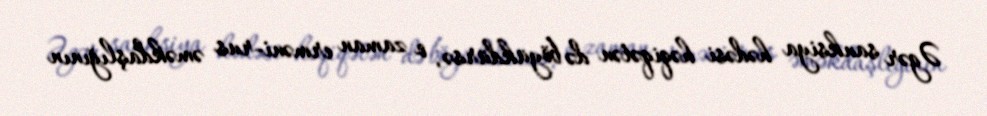
Əgər sanksiya hədəsi həqiqətən də böyükdürsə, o zaman erməni-rus əməkdaşlığının